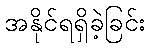
အနိုင်ရရှိခဲ့ခြင်း